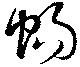
暢